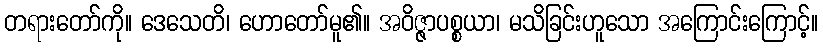
တရားတော်ကို။ ဒေသေတိ၊ ဟောတော်မူ၏။ အဝိဇ္ဇာပစ္စယာ၊ မသိခြင်းဟူသော အကြောင်းကြောင့်။